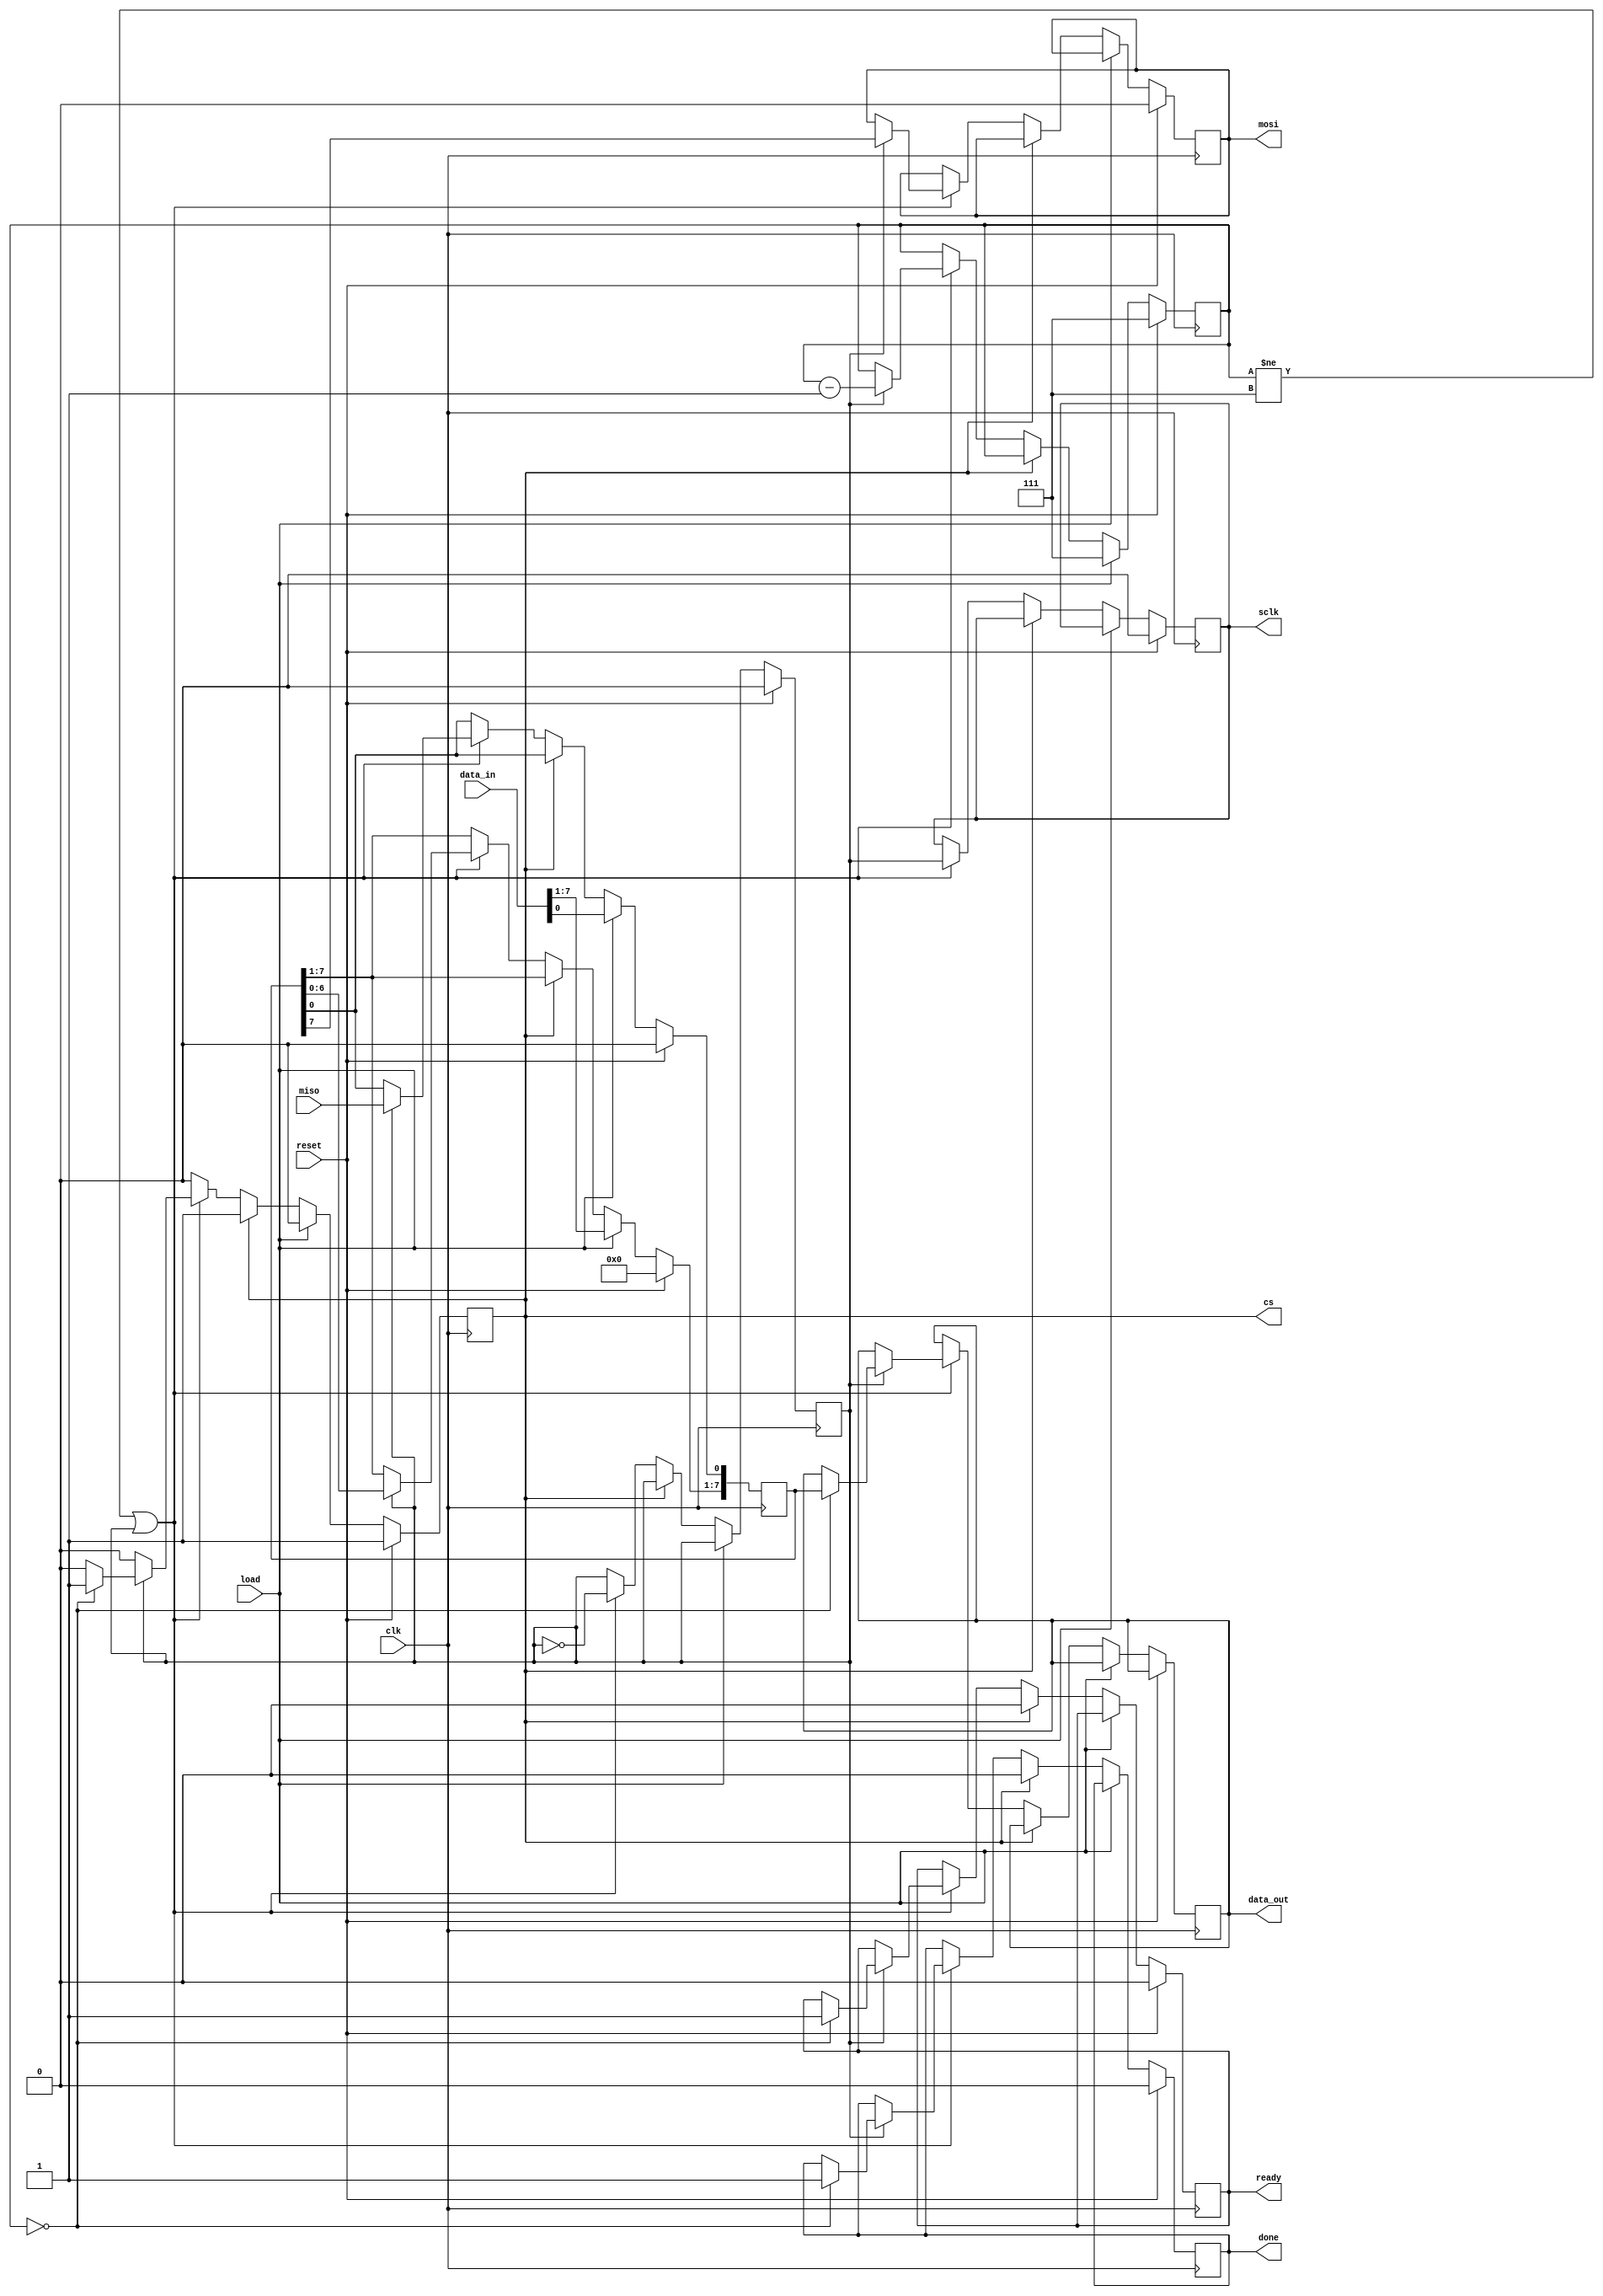
module spi_main (
    input clk,
    input reset,
    input [7:0] data_in,
    input load,
    output reg [7:0] data_out,
    output reg ready,
    output reg done,
    output reg mosi,
    input miso,
    output reg sclk,
    output reg cs
);

// Contador para controlar os bits enviados/recebidos
reg [2:0] bit_count;

// Registrador para armazenar o valor temporrio durante a transmisso/recepo
reg [7:0] temp_data_out;

// Sinal para controlar o clock do SPI (sclk)
reg toggle_sclk;

// Lgica de controle principal
always @(posedge clk) begin
    if (reset) begin
        // Reinicializa os registros e sinais
        bit_count <= 3'b111; // Inicia em 7 para contar 8 bits
        done <= 0;
        ready <= 0;
        mosi <= 0;
        sclk <= 0;
        cs <= 1; // Desativa a comunicao SPI
        toggle_sclk <= 0;
        temp_data_out <= 0;
    end
    else if (load) begin
        // Prepara para iniciar a transmisso
        cs <= 0; // Ativa a comunicao SPI
        temp_data_out <= data_in; // Carrega o dado para ser enviado
        bit_count <= 3'b111; // Reinicia a contagem de bits
    end
    else if (!cs) begin
        if (bit_count != 3'b111 || toggle_sclk) begin // Aps o primeiro ciclo de load ou na alternncia do sclk
            toggle_sclk <= !toggle_sclk; // Alterna o sclk
            sclk <= toggle_sclk; // Atualiza o sclk com a alternncia

            if (toggle_sclk) begin
                // Na transio de baixa para alta do sclk, envia e recebe bits
                mosi <= temp_data_out[7]; // Envia o bit mais significativo
                temp_data_out <= temp_data_out << 1; // Desloca o registrador para o prximo bit
                temp_data_out[0] <= miso; // L o bit do MISO e armazena no bit menos significativo

                if (bit_count == 0) begin
                    // Finaliza a transmisso/recepo
                    cs <= 1; // Desativa a comunicao SPI
                    done <= 1; // Sinaliza que a transmisso foi concluda
                    ready <= 1; // Sinaliza que os dados recebidos esto prontos
                    data_out <= temp_data_out; // Atualiza data_out com os dados recebidos
                end
                bit_count <= bit_count - 1; // Decrementa o contador de bits
            end
        end
    end
    else begin
        // Reseta os sinais de controle aps a concluso da transmisso/recepo
        done <= 0;
        ready <= 0;
    end
end

endmodule